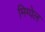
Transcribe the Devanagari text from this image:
मिग्येल